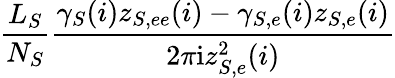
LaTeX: \frac{L_{S}}{N_{S}}\frac{\gamma_{S}(i)z_{S,ee}(i)-\gamma_{S,e}(i)z_{S,e}(i)}{2\pi\mathrm{i}z_{S,e}^{2}(i)}